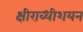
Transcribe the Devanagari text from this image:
क्षीराब्धीशयन